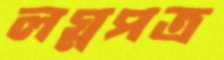
লগ্নপত্র